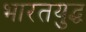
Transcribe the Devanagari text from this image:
भारतयुद्ध